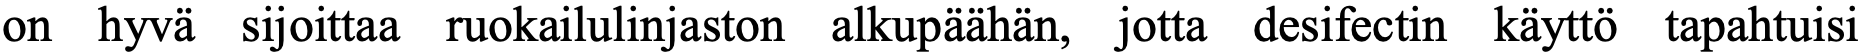
on hyvä sijoittaa ruokailulinjaston alkupäähän, jotta desifectin käyttö tapahtuisi